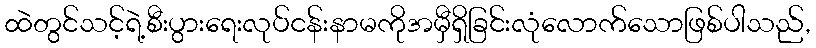
ထဲတွင်သင့်ရဲ့စီးပွားရေးလုပ်ငန်းနာမကိုအမှီရှိခြင်းလုံလောက်သောဖြစ်ပါသည်,